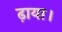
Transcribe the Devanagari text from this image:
ढ़ाया।